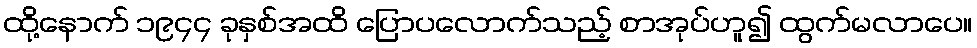
ထို့နောက် ၁၉၄၄ ခုနှစ်အထိ ပြောပလောက်သည့် စာအုပ်ဟူ၍ ထွက်မလာပေ။